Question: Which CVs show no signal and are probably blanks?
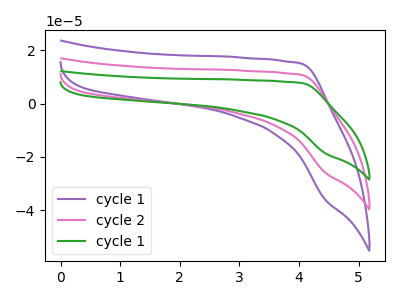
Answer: <think>The purple curve "cycle 1" has no peaks. The pink curve "cycle 2" has no peaks. The green curve "cycle 1" has no peaks.</think>
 <answer>"cycle 1", "cycle 2" and "cycle 1" are likely to be blanks.</answer>
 <eval>"cycle 1", "cycle 2", "cycle 1"</eval>